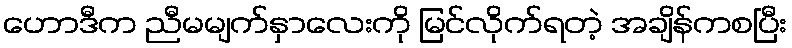
ဟောဒီက ညီမမျက်နှာလေးကို မြင်လိုက်ရတဲ့ အချိန်ကစပြီး